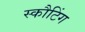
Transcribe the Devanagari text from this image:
स्कौटिंग